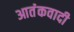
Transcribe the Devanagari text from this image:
आतंंकवादी